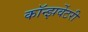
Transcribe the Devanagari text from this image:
कॉन्झर्वेटरी